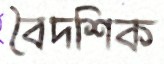
বৈদশিক